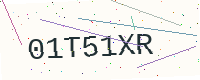
Text: 01T51XR